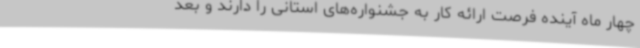
چهار ماه آینده فرصت ارائه کار به جشنواره‌های استانی را دارند و بعد